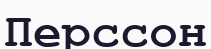
Перссон